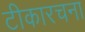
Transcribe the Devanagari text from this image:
टीकारचना